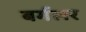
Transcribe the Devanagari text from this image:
बर्गलर